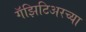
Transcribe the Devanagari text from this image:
गॅझिटिअरच्या